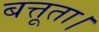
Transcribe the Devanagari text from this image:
बत्तूता।